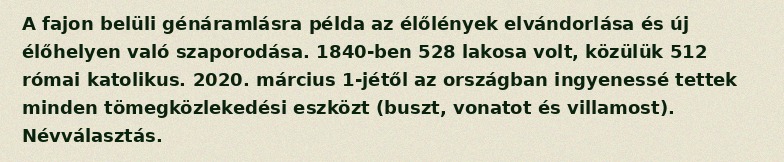
A fajon belüli génáramlásra példa az élőlények elvándorlása és új élőhelyen való szaporodása. 1840-ben 528 lakosa volt, közülük 512 római katolikus. 2020. március 1-jétől az országban ingyenessé tettek minden tömegközlekedési eszközt (buszt, vonatot és villamost). Névválasztás.